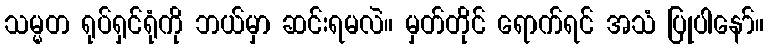
သမ္မတ ရုပ်ရှင်ရုံကို ဘယ်မှာ ဆင်းရမလဲ။ မှတ်တိုင် ရောက်ရင် အသံ ပြုပါနော်။